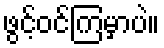
ဖွင့်ဝင်ကြမှာပဲ။